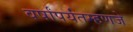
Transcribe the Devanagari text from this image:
वर्षांपर्यंतम्हणजे